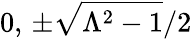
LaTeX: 0,\, \pm\sqrt{\Lambda^{2}-1}/2